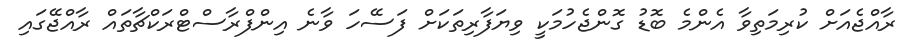
ރާއްޖެއަށް ކުރިމަތިވާ އެންމެ ބޮޑު ގޮންޖެހުމަކީ ވިޔަފާރިތަކަށް ފަސޭހަ ވާނެ އިންފްރާސްޓްރަކްޗާތައް ރާއްޖޭގައި